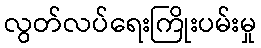
လွတ်လပ်ရေးကြိုးပမ်းမှု